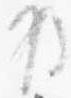
為